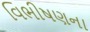
વિભીષણના